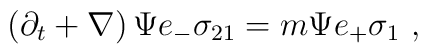
\left( \partial_t + \nabla \right) \Psi e_- \sigma_{21} = m \Psi e_+ \sigma_{1}~,